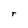
Character: r